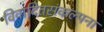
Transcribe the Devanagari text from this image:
विवादितसंकल्पना